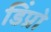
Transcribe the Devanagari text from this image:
डिंप्रो